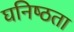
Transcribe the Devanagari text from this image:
घनिष्‍ठता